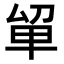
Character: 𭆡